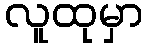
လူထုမှာ